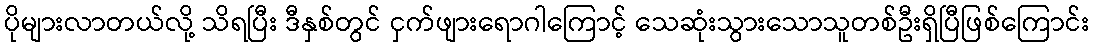
ပိုများလာတယ်လို့ သိရပြီး ဒီနှစ်တွင် ငှက်ဖျားရောဂါကြောင့် သေဆုံးသွားသောသူတစ်ဦးရှိပြီဖြစ်ကြောင်း